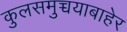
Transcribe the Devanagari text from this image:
कुलसमुच्चयाबाहेर